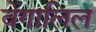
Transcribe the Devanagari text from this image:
वेंगालिल